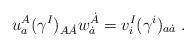
LaTeX: \begin{align*} u_a^A (\gamma^I)_{A\dot A} w^{\dot A}_{\dot a} = v^I_i (\gamma^i)_{a\dot a}\;.\end{align*}